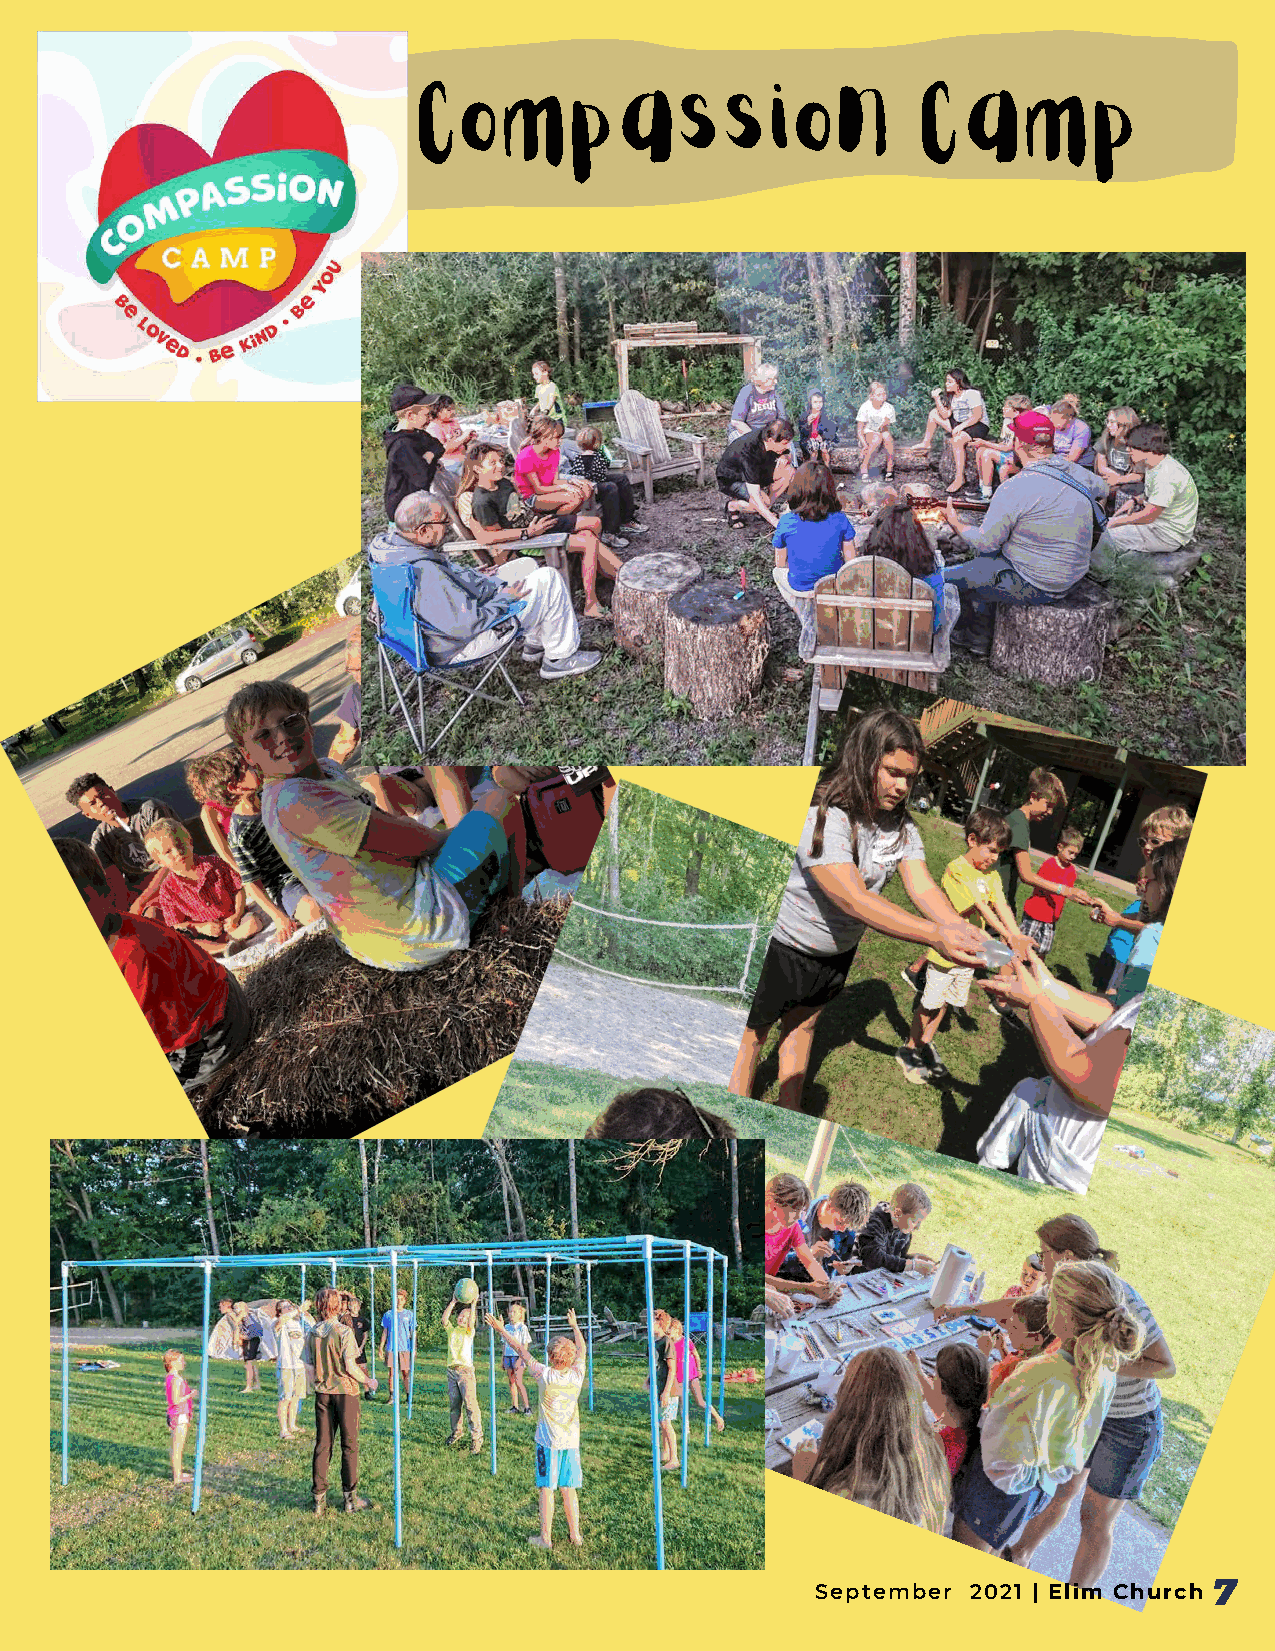
Compassion                       Camp
 7
 September 2021 | Elim Church